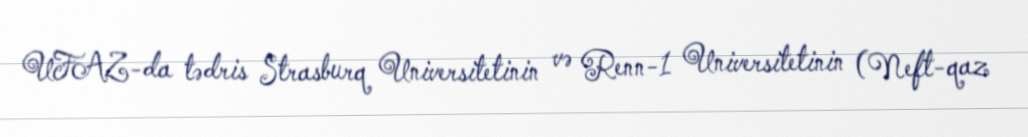
UFAZ-da tədris Strasburq Universitetinin və Renn-1 Universitetinin (Neft-qaz